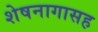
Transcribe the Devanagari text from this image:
शेषनागासह